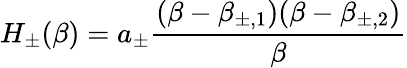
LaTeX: H_{\pm}(\beta)=a_{\pm}\frac{(\beta-\beta_{\pm,1})(\beta-\beta_{\pm,2})}{\beta}